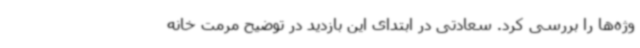
وژه‌ها را بررسی کرد. سعادتی در ابتدای این بازدید در توضیح مرمت خانه